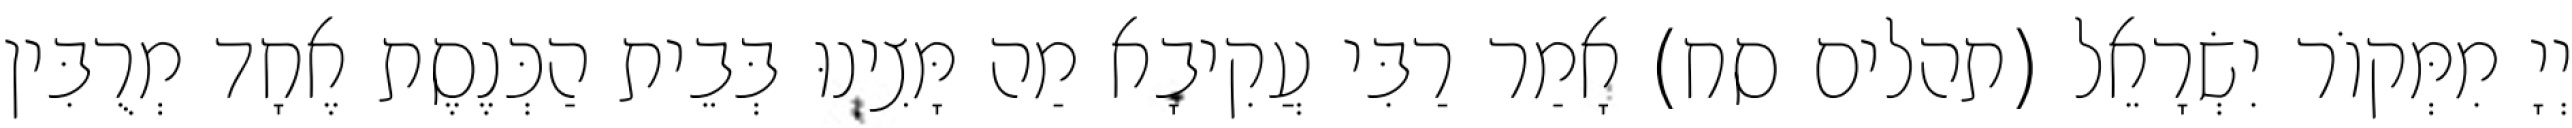
יְיָ מִמְּקוֹר יִשְׂרָאֵל (תהלים סח) אָמַר רַבִּי עֲקִיבָא מַה מָּצִינוּ בְּבֵית הַכְּנֶסֶת אֶחָד מְרֻבִּין